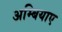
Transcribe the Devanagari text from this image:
अम्बियाए